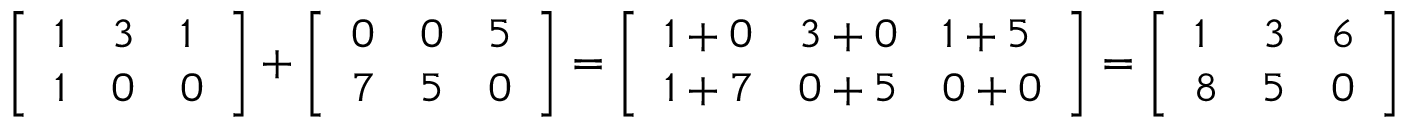
{ \left[ \begin{array} { l l l } { 1 } & { 3 } & { 1 } \\ { 1 } & { 0 } & { 0 } \end{array} \right] } + { \left[ \begin{array} { l l l } { 0 } & { 0 } & { 5 } \\ { 7 } & { 5 } & { 0 } \end{array} \right] } = { \left[ \begin{array} { l l l } { 1 + 0 } & { 3 + 0 } & { 1 + 5 } \\ { 1 + 7 } & { 0 + 5 } & { 0 + 0 } \end{array} \right] } = { \left[ \begin{array} { l l l } { 1 } & { 3 } & { 6 } \\ { 8 } & { 5 } & { 0 } \end{array} \right] }